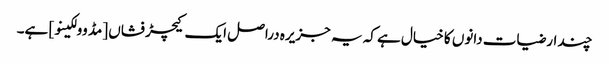
چند ارضیات دانوں کا خیال ہے کہ یہ جزیرہ دراصل ایک کیچڑ فشاں [مڈ وولکینو] ہے۔